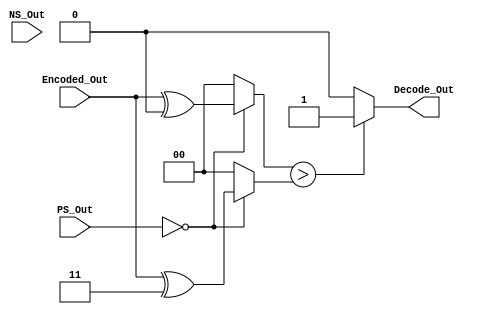
module Decode_State0 (Encoded_Out,NS_Out,PS_Out,Decode_Out);
  input [1:0]Encoded_Out;
  input [1:0]NS_Out;
  input [1:0]PS_Out;
  output Decode_Out;
  reg [1:0]IP0,IP1;
  always @ (Encoded_Out,NS_Out,PS_Out)
  
  if (PS_Out==2'b00)
    begin
    IP0=Encoded_Out^2'b00;
    IP1=Encoded_Out^2'b11;
    end
  else
    begin
    IP0=2'b00;
    IP1=2'b00;
    end    
    
  assign Decode_Out=IP0>IP1?1'b1:1'b0;
  
endmodule